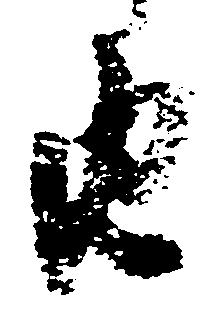
由